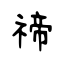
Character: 禘